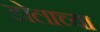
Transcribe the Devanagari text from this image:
डोलाच्या